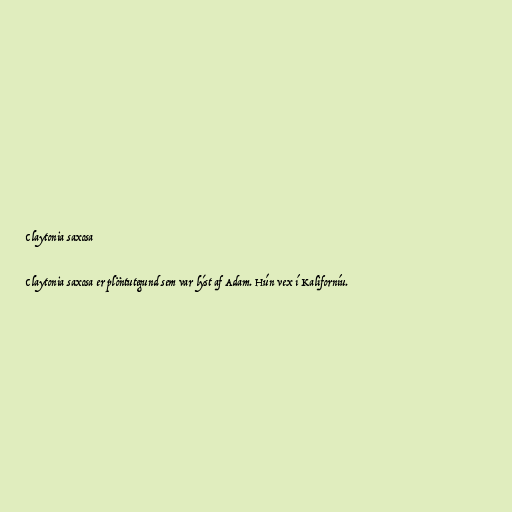
Claytonia saxosa

Claytonia saxosa er plöntutegund sem var lýst af Adam. Hún vex í Kaliforníu.